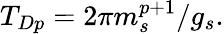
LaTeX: T_{Dp}=2\pi{m_{s}^{p+1}}/{g_{s}}.